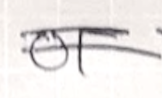
Text: of
Cross-out: double-line
Writing tool: ballpoint